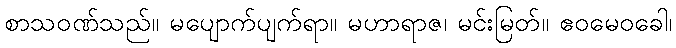
စာသဝဏ်သည်။ မပျောက်ပျက်ရာ။ မဟာရာဇ၊ မင်းမြတ်။ ဧဝမေဝခေါ၊